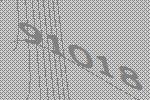
91018